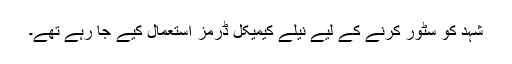
شہد کو سٹور کرنے کے لیے نیلے کیمیکل ڈرمز استعمال کیے جا رہے تھے۔